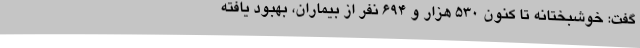
گفت: خوشبختانه تا کنون 530 هزار و 694 نفر از بیماران، بهبود یافته